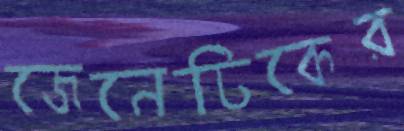
জেনেটিকের